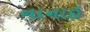
નાનાઇ